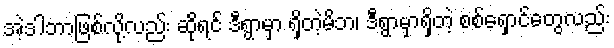
အဲ့ဒါဘာဖြစ်လို့လည်း ဆိုရင် ဒီရွာမှာ ရှိတဲ့မိဘ၊ ဒီရွာမှာရှိတဲ့ စစ်ရှောင်တွေလည်း